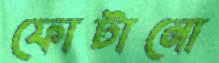
ফোটানো